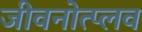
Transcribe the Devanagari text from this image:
जीवनोत्प्लव